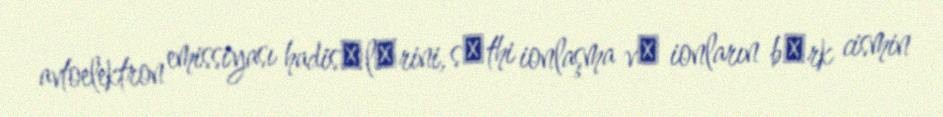
avtoelektron emissiyası hadisәlәrini, sәthi ionlaşma vә ionların bәrk cismin